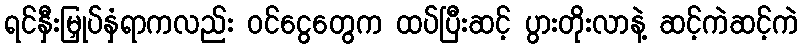
ရင်နှီးမြှုပ်နှံရာကလည်း ဝင်ငွေတွေက ထပ်ပြီးဆင့် ပွားတိုးလာနဲ့ ဆင့်ကဲဆင့်ကဲ